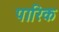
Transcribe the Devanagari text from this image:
पारिक